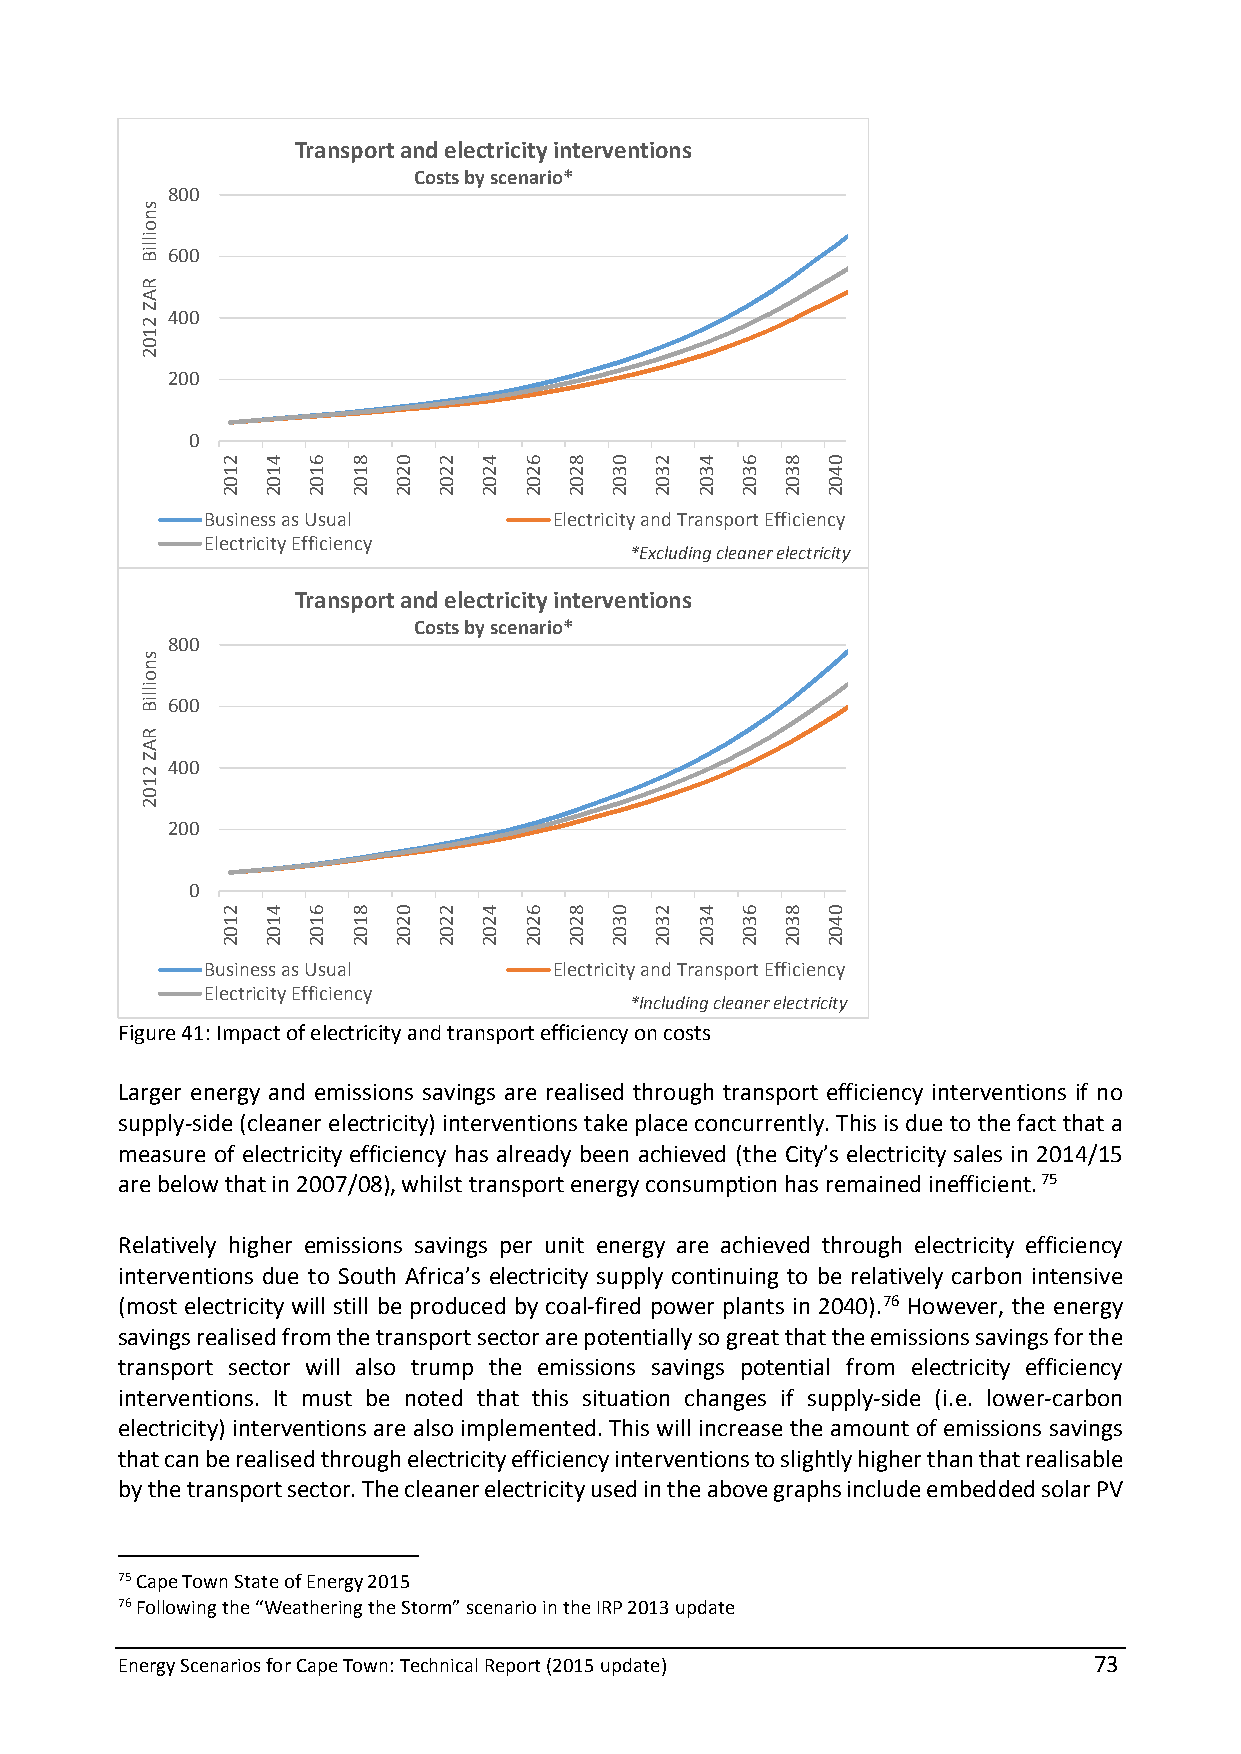
Transport and electricity interventions
 Costs by scenario*
 800
 600
 400
 200
 0
 Business as Usual      Electricity and Transport Efficiency
 Electricity Efficiency
 *Excluding cleaner electricity
 Transport and electricity interventions
 Costs by scenario*
 800
 600
 400
 200
 0
 Business as Usual      Electricity and Transport Efficiency
 Electricity Efficiency
 *Including cleaner electricity
 Figure 41: Impact of electricity and transport efficiency on costs
 Larger energy and emissions savings are realised through transport efficiency interventions if no
 supply-side (cleaner electricity) interventions take place concurrently. This is due to the fact that a
 measure of electricity efficiency has already been achieved (the City’s electricity sales in 2014/15
 are below that in 2007/08), whilst transport energy consumption has remained inefficient. 75
 Relatively higher emissions savings per unit energy are achieved through electricity efficiency
 interventions due to South Africa’s electricity supply continuing to be relatively carbon intensive
 (most electricity will still be produced by coal-fired power plants in 2040).76 However, the energy
 savings realised from the transport sector are potentially so great that the emissions savings for the
 transport sector will also trump the emissions savings potential from electricity efficiency
 interventions. It must be noted that this situation changes if supply-side (i.e. lower-carbon
 electricity) interventions are also implemented. This will increase the amount of emissions savings
 that can be realised through electricity efficiency interventions to slightly higher than that realisable
 by the transport sector. The cleaner electricity used in the above graphs include embedded solar PV
 75 Cape Town State of Energy 2015
 76 Following the “Weathering the Storm” scenario in the IRP 2013 update
 Energy Scenarios for Cape Town: Technical Report (2015 update)  73
 snoilliB
 RAZ
 2102
 snoilliB
 RAZ
 2102
 2102
 2102
 4102
 4102
 6102
 6102
 8102
 8102
 0202
 0202
 2202
 2202
 4202
 4202
 6202
 6202
 8202
 8202
 0302
 0302
 2302
 2302
 4302
 4302
 6302
 6302
 8302
 8302
 0402
 0402